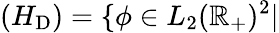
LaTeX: (H_{\mathrm{D}})=\{ \phi\in L_{2}(\mathbb{R}_{+})^{2}|